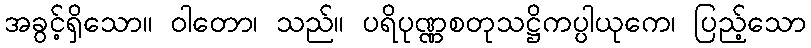
အခွင့်ရှိသော။ ဝါတော၊ သည်။ ပရိပုဏ္ဏစတုသဋ္ဌိကပ္ပါယုကေ၊ ပြည့်သော